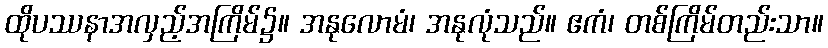
ထိုပဿနာအလှည့်အကြိမ်၌။ အနုလောမံ၊ အနုလုံသည်။ ဧကံ၊ တစ်ကြိမ်တည်းသာ။